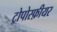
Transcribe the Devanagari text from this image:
ट्रोपोस्फ़ीयर